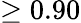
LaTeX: \geq 0.90